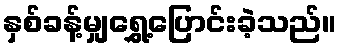
နှစ်ခန့်မျှရွှေ့ပြောင်းခဲ့သည်။